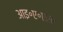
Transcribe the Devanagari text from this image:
आइ॰ए॰एस॰